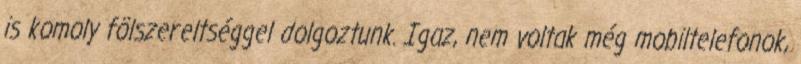
is komoly fölszereltséggel dolgoztunk. Igaz, nem voltak még mobiltelefonok,